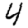
Digit: 4